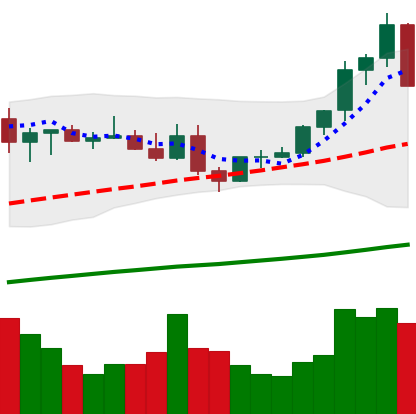
Ticker: ETC-USD
Chart end date: 2021-04-03
Forward return: 42.722%
Label: up_7plus